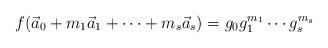
LaTeX: \begin{align*} f(\vec a_0 + m_1 \vec a_1 + \cdots + m_s \vec a_s) = g_{0} g_{1}^{m_1} \cdots g_{s}^{m_s} \qquad \end{align*}